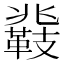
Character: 𮧤